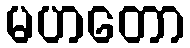
မဟတော